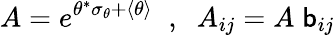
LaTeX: A=e^{\theta^{*}\sigma_{\theta}+\langle\theta\rangle}\; \; ,\; \; A_{ij}=A\; \mathsf{b}_{ij}